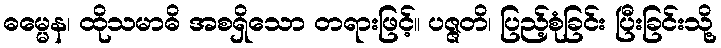
ဓမ္မေန၊ ထိုသမာဓိ အစရှိသော တရားဖြင့်။ ပဇ္ဇတိ၊ ပြည့်စုံခြင်း ပြီးခြင်းသို့